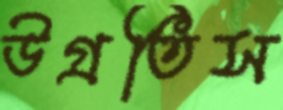
উগ্‌রতিস